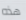
هذه